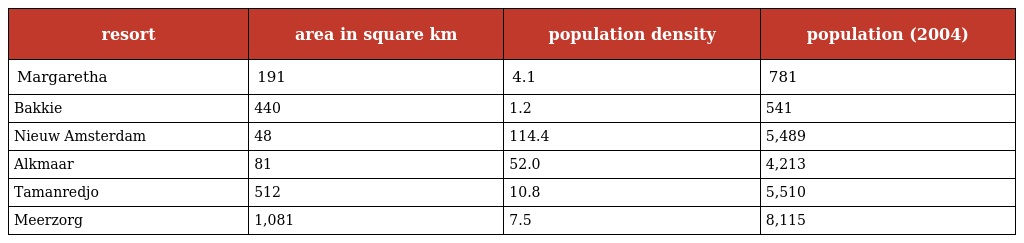
| resort | area in square km | population density | population (2004) |
 | --- | --- | --- | --- |
 | Margaretha | 191 | 4.1 | 781 |
 | Bakkie | 440 | 1.2 | 541 |
 | Nieuw Amsterdam | 48 | 114.4 | 5,489 |
 | Alkmaar | 81 | 52.0 | 4,213 |
 | Tamanredjo | 512 | 10.8 | 5,510 |
 | Meerzorg | 1,081 | 7.5 | 8,115 |